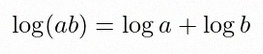
\log(ab)=\log a+\log b